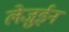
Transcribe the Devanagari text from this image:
लेजुईन